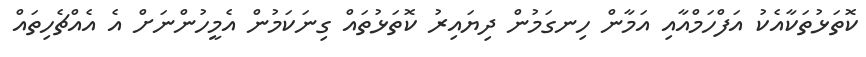
ކޮތަޅުތަކާއެކު އަފްހަމްއާއި އަމާން ހިނގަމުން ދިޔައިރު ކޮތަޅުތައް ގިނަކަމުން އެމީހުންނަށް އެ އެެއްޗެހިތައް